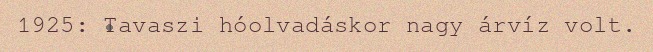
1925: Tavaszi hóolvadáskor nagy árvíz volt.